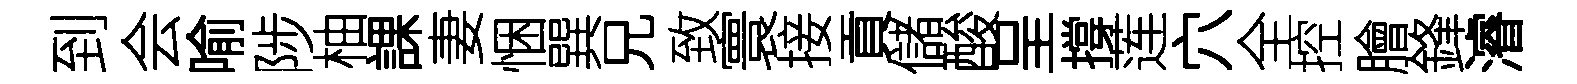
到会喻陟柚課妻悃巽兄致寰接貢儲酸呈撐莲穴全控膾鋒濬